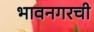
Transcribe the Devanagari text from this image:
भावनगरची